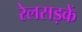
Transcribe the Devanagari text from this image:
रेलसड़कें